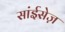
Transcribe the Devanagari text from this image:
सांईसेज़